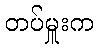
တပ်မှူးက